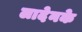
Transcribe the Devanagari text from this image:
लादेनके